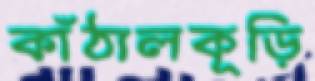
কাঁঠালকূড়ি